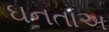
ઘનતાઅ